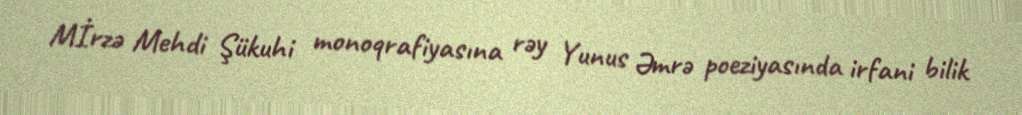
Mİrzə Mehdi Şükuhi monoqrafiyasına rəy Yunus Əmrə poeziyasında irfani bilik